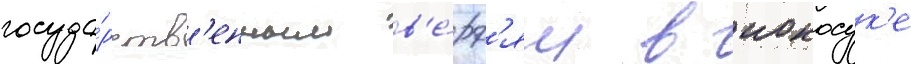
госуда́рств'енным в'е́рф'ям в иокосук'е